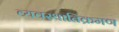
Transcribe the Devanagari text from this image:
व्यवस्थातिक्रमण